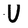
Character: U